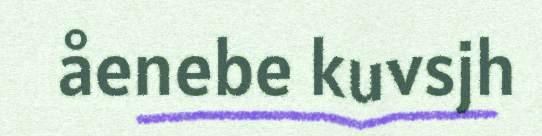
åenebe kuvsjh